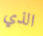
الذي